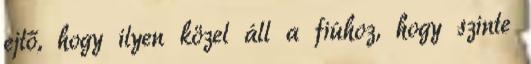
ejtő, hogy ilyen közel áll a fiúhoz, hogy szinte